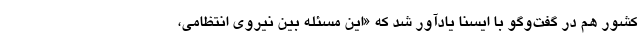
کشور هم در گفت‌وگو با ایسنا یادآور شد که «این مسئله بین نیروی انتظامی،